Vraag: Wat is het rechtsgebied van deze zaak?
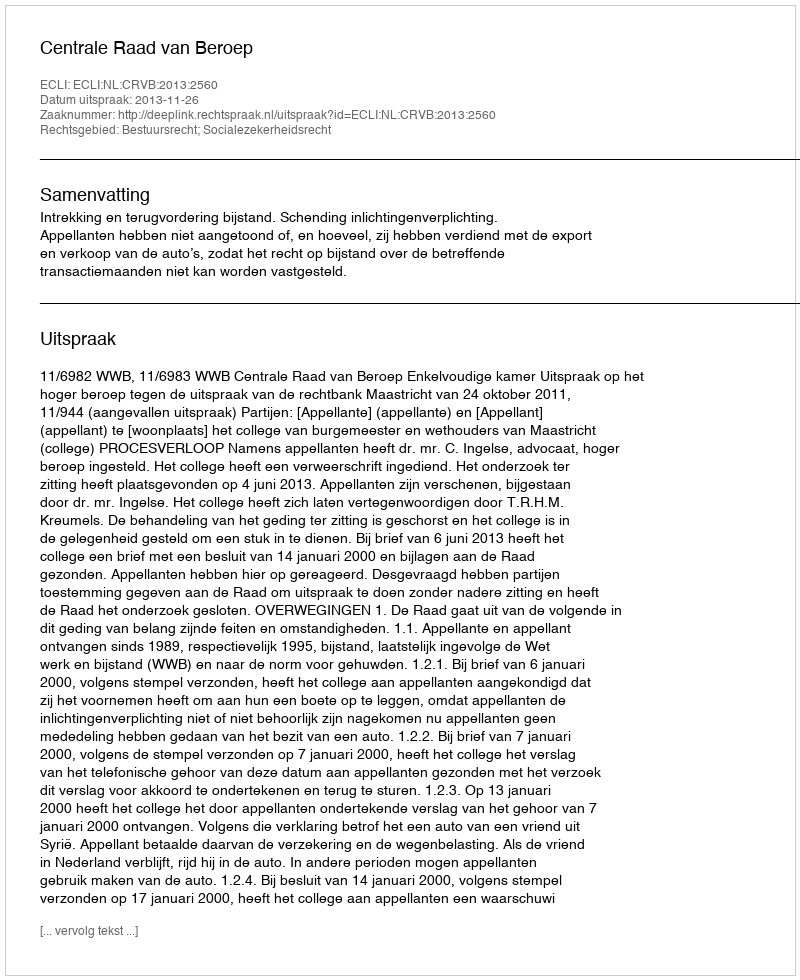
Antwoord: Bestuursrecht; Socialezekerheidsrecht